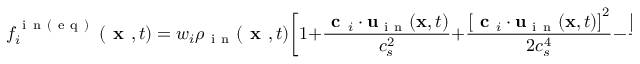
f _ { i } ^ { \mathrm { ~ i ~ n ~ ( ~ e ~ q ~ ) ~ } } \left( \textbf { x } , t \right) = w _ { i } \rho _ { \mathrm { ~ i ~ n ~ } } ( \textbf { x } , t ) \bigg [ 1 + \frac { \textbf { c } _ { i } \cdot \mathbf { u } _ { \mathrm { ~ i ~ n ~ } } ( \mathbf { x } , t ) } { c _ { s } ^ { 2 } } + \frac { \left[ \textbf { c } _ { i } \cdot \mathbf { u } _ { \mathrm { ~ i ~ n ~ } } ( \mathbf { x } , t ) \right] ^ { 2 } } { 2 c _ { s } ^ { 4 } } - \frac { \left[ \mathbf { u } _ { \mathrm { ~ i ~ n ~ } } ( \mathbf { x } , t ) \cdot \mathbf { u } _ { \mathrm { ~ i ~ n ~ } } ( \mathbf { x } , t ) \right] } { 2 c _ { s } ^ { 2 } } \bigg ] \; .